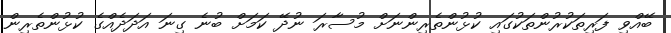
ބޭއްވި ފަރިތަކުރުންތަކުގައި ކުޅުންތެރިންނަށް މުސާރަ ނުދޭ ކަމަށް ބުނެ ގިނަ އަދަދެއްގެ ކުޅުންތެރިން